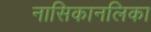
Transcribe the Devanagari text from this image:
नासिकानलिका